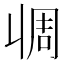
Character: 𰀧